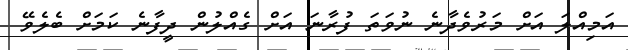
އަމިއްލަ އަށް މަރުވެދާނެ ނުވަތަ ފުރާނަ އަށް ގެއްލުން ދީފާނެ ކަމަށް ބެލެވޭ